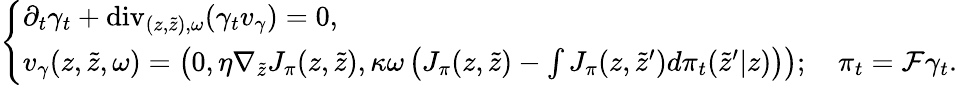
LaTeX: \left\{ \begin{array}{ll}{\partial_{t}\gamma_{t}+\mathrm{div}_{(z,\tilde{z}),\omega}(\gamma_{t}v_{\gamma})=0,}\\ {v_{\gamma}(z,\tilde{z},\omega)=\left(0,\eta\nabla_{\tilde{z}}J_{\pi}(z,\tilde{z}),\kappa\omega\left(J_{\pi}(z,\tilde{z})-\int J_{\pi}(z,\tilde{z}^{\prime})d\pi_{t}(\tilde{z}^{\prime}|z)\right)\right);\quad\pi_{t}=\mathcal{F}\gamma_{t}.}\end{array}\right.